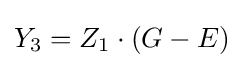
Y_{3}=Z_{1}\cdot (G-E)